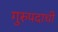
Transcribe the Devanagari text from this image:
गुरुपदाची